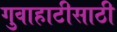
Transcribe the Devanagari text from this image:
गुवाहाटीसाठी